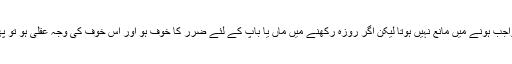
صرف حمل روزہ کے واجب ہونے میں مانع نہیں ہوتا لیکن اگر روزہ رکھنے میں ماں یا باپ کے لئے ضرر کا خوف ہو اور اس خوف کی وجہ عقلی ہو تو پھر روزہ واجب نہیں ہے۔